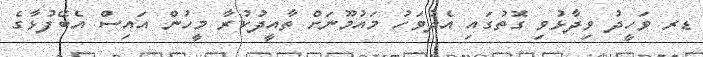
ޑރ ވަހީދު ވިދާޅުވި ގޮތުގައި އެދުވަހު މައުމޫނަށް ތާއީދުކުރާ މީހުން އައިސް އެބޭފުޅާގެ